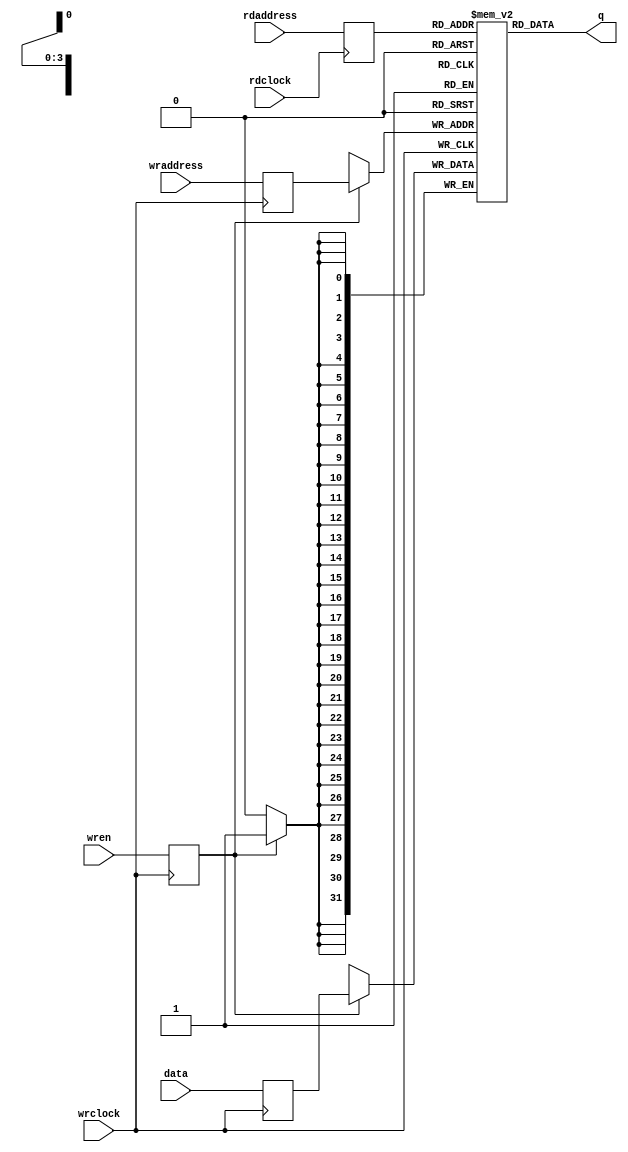
/*****************************************************************************************************************************
--
--    File Name    : cdcfiforam.v

--    Description  : This block implements the RAM used for Clock domain Crossing fifo.
--                                  

-- Targeted device : Microsemi-SoC                     
-- Author          : India Solutions Team

-- SVN Revision Information:
-- SVN $Revision: TBD
-- SVN $Date: TBD
--
--
--
-- COPYRIGHT 2016 BY MICROSEMI 
-- THE INFORMATION CONTAINED IN THIS DOCUMENT IS SUBJECT TO LICENSING RESTRICTIONS 
-- FROM MICROSEMI CORP.  IF YOU ARE NOT IN POSSESSION OF WRITTEN AUTHORIZATION FROM 
-- MICROSEMI FOR USE OF THIS FILE, THEN THE FILE SHOULD BE IMMEDIATELY DESTROYED AND 
-- NO BACK-UP OF THE FILE SHOULD BE MADE. 
-- 

--******************************************************************************************************************************/
`timescale 1ns/1ps
module cdcfiforam(data,
                  wren,
                  wraddress,
                  rdaddress,
                  wrclock,
                  rdclock,
                  q);
  parameter li = 4;
  parameter oi = 32;
  input[(oi - 1) : 0] data;
  input wren;
  input[(li - 1) : 0] wraddress;
  input[(li - 1) : 0] rdaddress;
  input wrclock;
  input rdclock;
  output[(oi - 1) : 0] q;
  wire[(oi - 1) : 0] q;
  reg[oi - 1 : 0] i1l[0 : 2 ** li - 1];/* synthesis syn_ramstyle = lram */
  reg[li - 1 : 0] oiI;
  reg[li - 1 : 0] lOl;
  reg Ool;
  reg[oi - 1 : 0] Iol;
  always
    @(posedge wrclock)
    begin
      Ool <= wren;
      lOl <= wraddress;
      Iol <= data;
      if (Ool == 1'b1)
        begin
          i1l[lOl] <= Iol;
        end
    end
  always
    @(posedge rdclock)
    begin
      oiI <= rdaddress;
    end
  assign q = i1l[oiI];
endmodule